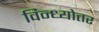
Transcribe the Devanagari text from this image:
विन्ध्योत्तर